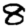
Digit: 8